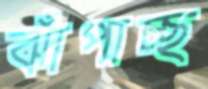
ঝাঁপাচ্ছ